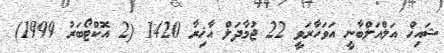
ޝައިޚް އަލްއަލްބާނީ އަވަހާރަވީ 22 ޖުމާދަލް އާޚިރާ 1420 (2 އޮކްޓޯބަރު 1999)